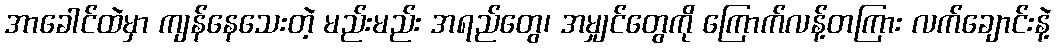
အာခေါင်ထဲမှာ ကျန်နေသေးတဲ့ မည်းမည်း အရည်တွေ၊ အမျှင်တွေကို ကြောက်လန့်တကြား လက်ချောင်းနဲ့